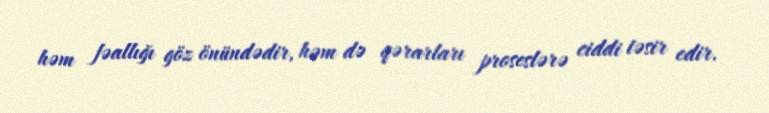
həm fəallığı göz önündədir, həm də qərarları proseslərə ciddi təsir edir.